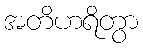
အတိဟရိတွာ